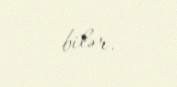
bilər.